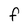
Character: F